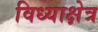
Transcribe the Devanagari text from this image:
विध्याक्षेत्र